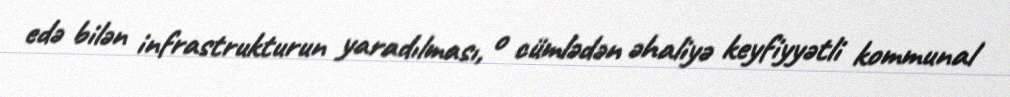
edə bilən infrastrukturun yaradılması, o cümlədən əhaliyə keyfiyyətli kommunal